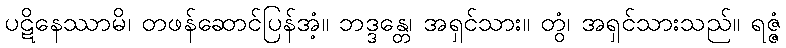
ပဋိနေဿာမိ၊ တဖန်ဆောင်ပြန်အံ့။ ဘဒ္ဒန္တေ၊ အရှင်သား။ တွံ၊ အရှင်သားသည်။ ရဇ္ဇံ